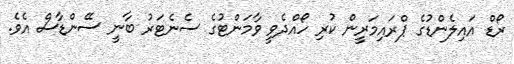
ރޯޑް އައިލެންޑުގެ ޕްރައިމަރީން ކުރި ހޯއްދެވީ ވާމަންޓުގެ ސެނެޓަރު ބާނީ ސޭންޑާސް އެވެ.